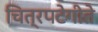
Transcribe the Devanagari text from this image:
चित्रपटेगीते